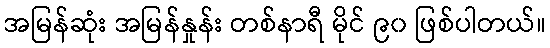
အမြန်ဆုံး အမြန်နှုန်း တစ်နာရီ မိုင် ၉၀ ဖြစ်ပါတယ်။